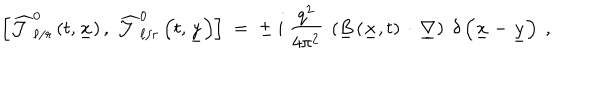
\left[ \widehat { { \mathcal J } } _ { \ell / r } ^ { 0 } \left( t , \underline { { { x } } } \right) , ~ \widehat { { \mathcal J } } _ { \ell / r } ^ { 0 } \left( t , \underline { { { y } } } \right) \right] \; = \; \pm ~ i ~ \frac { q ^ { 2 } } { 4 \pi ^ { 2 } } ~ \left( \underline { { { B } } } \left( \underline { { { x } } } , t \right) \, \cdot \, \underline { { { \nabla } } } \right) \; \delta \left( \underline { { { x } } } - \underline { { { y } } } \right) ~ ,